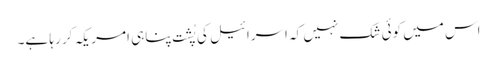
اس میں کوئی شک نہیں کہ اسرائیل کی پُشت پناہی امریکہ کر رہا ہے۔